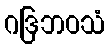
ဂဒြဘဝသံ